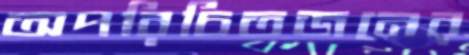
অপরিচিতজনের